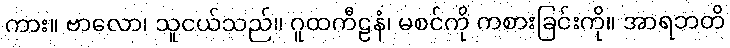
ကား။ ဗာလော၊ သူငယ်သည်။ ဂူထကီဠနံ၊ မစင်ကို ကစားခြင်းကို။ အာရဘတိ